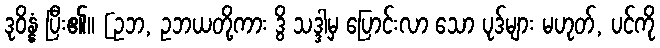
ဒုဝိန္နံ ပြီး၏။ [ဥဘ, ဥဘယတို့ကား ဒွိ သဒ္ဒါမှ ပြောင်းလာ သော ပုဒ်များ မဟုတ်, ပင်ကို